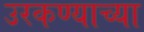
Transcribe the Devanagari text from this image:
उरकण्याच्या